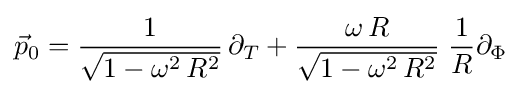
{\vec {p}}_{0}={\frac {1}{\sqrt {1-\omega ^{2}\,R^{2}}}}\,\partial _{T}+{\frac {\omega \,R}{\sqrt {1-\omega ^{2}\,R^{2}}}}\;{\frac {1}{R}}\partial _{\Phi }